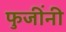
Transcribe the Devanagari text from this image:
फुजींनी